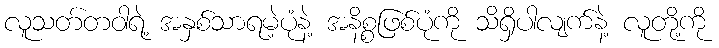
လူသတ်တဝါရဲ့ အနှစ်သာရမဲ့ပုံနဲ့ အနိစ္စဖြစ်ပုံကို သိရှိပါလျက်နဲ့ လူတို့ကို